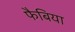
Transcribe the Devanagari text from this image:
फैबिया